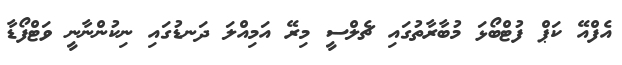
އެފްއޭ ކަޕް ފުޓްބޯޅަ މުބާރާތުގައި ޗެލްސީ މިރޭ އަމިއްލަ ދަނޑުގައި ނިކުންނާނީ ވަޓްފޯޑާ